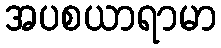
အပစယာရာမာ